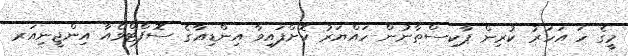
މީގެ ހަ އަހަރު ކުރިން ޕާކިސްތާނުން ހައްޔަރު ކޮށްފައިވާ އިންޑިއާގެ ސޮފްޓްވެއާ އިންޖީނިއަރ